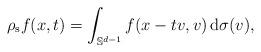
LaTeX: \begin{align*}\rho_\mathrm{s} f(x,t)=\int_{\mathbb{S}^{d-1}}f(x-tv,v) \,\mathrm{d}\sigma(v),\end{align*}